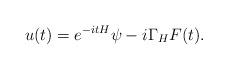
LaTeX: \begin{align*}u(t)=e^{-itH}\psi-i \Gamma_H F (t) . \end{align*}